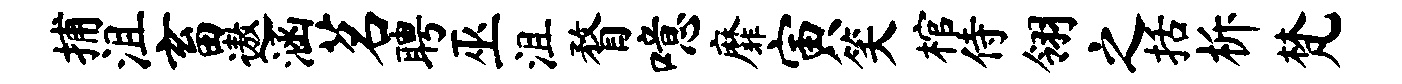
捕沮畜遨涵茗聘巫沮瞀噫靡寅笑棺侍翎之括柝梵